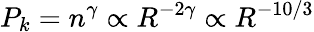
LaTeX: P_{k}=n^{\gamma}\propto R^{-2\gamma}\propto R^{-10/3}